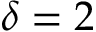
\delta = 2